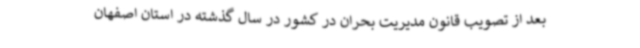
بعد از تصویب قانون مدیریت بحران در کشور در سال گذشته در استان اصفهان